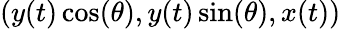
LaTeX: (y(t)\cos(\theta),y(t)\sin(\theta),x(t))